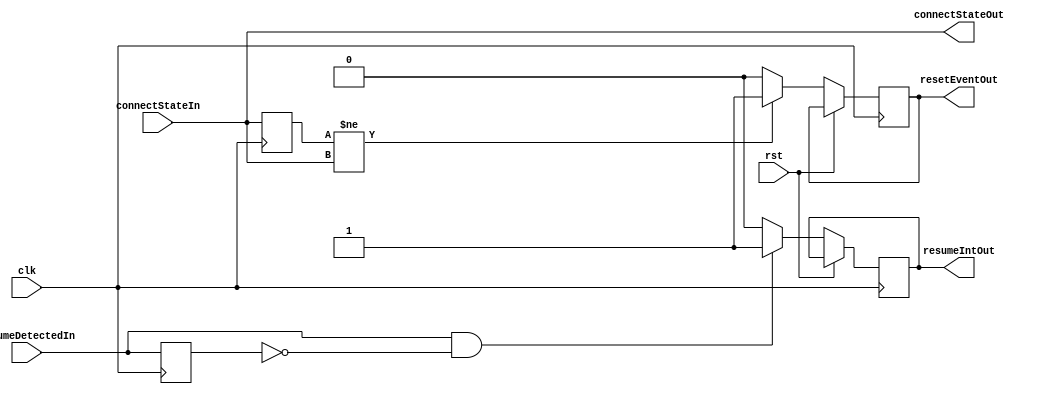
module slaveRxStatusMonitor(connectStateIn, connectStateOut, resumeDetectedIn, resetEventOut, resumeIntOut, clk, rst);

input [1:0] connectStateIn;
input resumeDetectedIn;
input clk;
input rst;
output resetEventOut;
output [1:0] connectStateOut;
output resumeIntOut;

wire [1:0] connectStateIn;
wire resumeDetectedIn;
reg resetEventOut;
reg [1:0] connectStateOut;
reg resumeIntOut;
wire clk;
wire rst;

reg [1:0]oldConnectState;
reg oldResumeDetected;

always @(connectStateIn)
begin
  connectStateOut <= connectStateIn;
end


always @(posedge clk)
begin
  if (rst == 1'b1)
  begin
    oldConnectState <= connectStateIn;
    oldResumeDetected <= resumeDetectedIn;
  end
  else
  begin
    oldConnectState <= connectStateIn;
    oldResumeDetected <= resumeDetectedIn;
    if (oldConnectState != connectStateIn)
      resetEventOut <= 1'b1;
    else
      resetEventOut <= 1'b0;
    if (resumeDetectedIn == 1'b1 && oldResumeDetected == 1'b0)
      resumeIntOut <= 1'b1;
    else 
      resumeIntOut <= 1'b0;
  end
end

endmodule